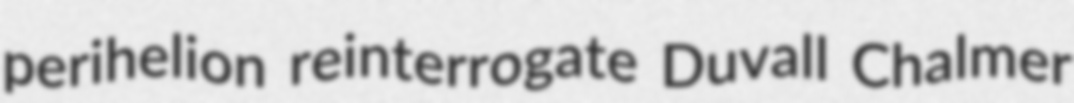
perihelion reinterrogate Duvall Chalmer